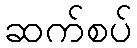
ဆက်စပ်